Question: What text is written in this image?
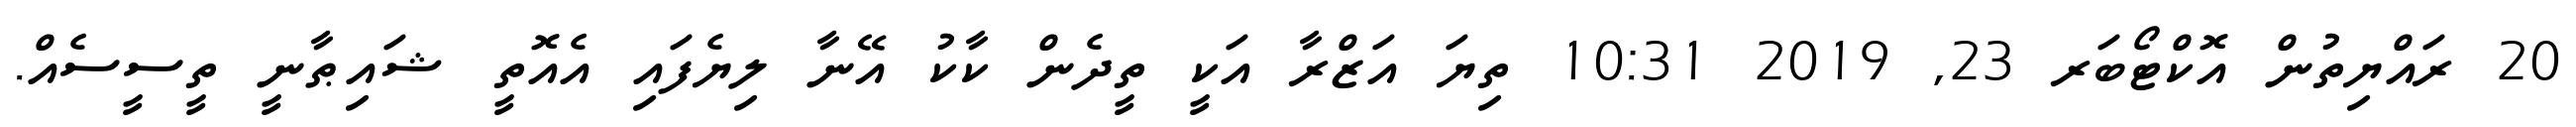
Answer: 20 ރައްޔިތުން އޮކްޓޯބަރ 23, 2019 10:31 ތިޔަ އަޒްރާ އަކީ ތީދެން ކާކު އޭނާ ލިޔެފައި އެއޮތީ ޝައިޠާނީ ތީސީސެއް.